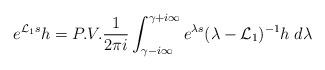
LaTeX: \begin{align*}e^{\mathcal{L}_1s} h= P.V. \frac{1}{2\pi i} \int_{\gamma - i\infty}^{\gamma + i \infty} e^{\lambda s} (\lambda - \mathcal{L}_1)^{-1} h \; d\lambda \end{align*}